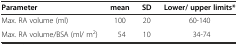
<table><thead><tr><td><b>Parameter</b></td><td><b>mean</b></td><td><b>SD</b></td><td><b>Lower/ upper limits*</b></td></tr></thead><tbody><tr><td>Max. RA volume (ml)</td><td>100</td><td>20</td><td>60-140</td></tr><tr><td>Max. RA volume/BSA (ml/ m<sup>2</sup>)</td><td>54</td><td>10</td><td>34-74</td></tr></tbody></table>